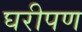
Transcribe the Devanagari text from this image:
घरीपण